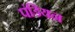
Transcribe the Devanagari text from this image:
पंडियन